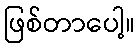
ဖြစ်တာပေါ့။